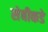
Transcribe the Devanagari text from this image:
सेबीकडे